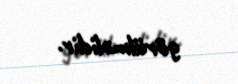
görülməlidir.